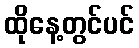
ထိုနေ့တွင်ပင်